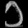
Digit: ၁